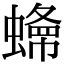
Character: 𧐲